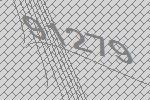
91279